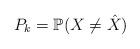
LaTeX: \begin{align*}P_k = \mathbb{P}(X \neq \hat{X})\end{align*}